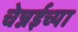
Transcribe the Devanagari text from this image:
चेन्नईच्‍या